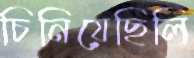
চিনিয়েছিলি